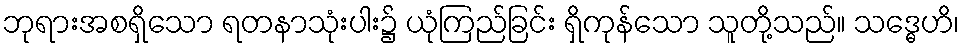
ဘုရားအစရှိသော ရတနာသုံးပါး၌ ယုံကြည်ခြင်း ရှိကုန်သော သူတို့သည်။ သဒ္ဓေဟိ၊